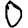
Digit: 0